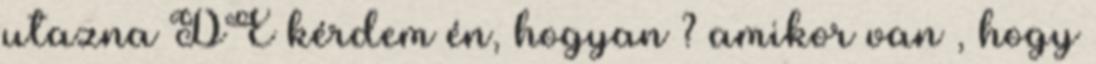
utazna DE kérdem én, hogyan ? amikor van , hogy